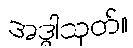
အဒ္ဓါသုတ်။